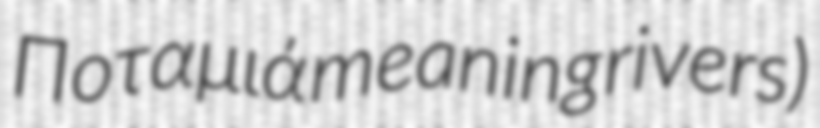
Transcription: Ποταμιά meaning rivers)